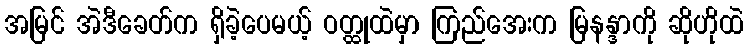
အမြင် အဲဒီခေတ်က ရှိခဲ့ပေမယ့် ဝတ္ထုထဲမှာ ကြည်အေးက မြနန္ဒာကို ဆိုဟိုထဲ